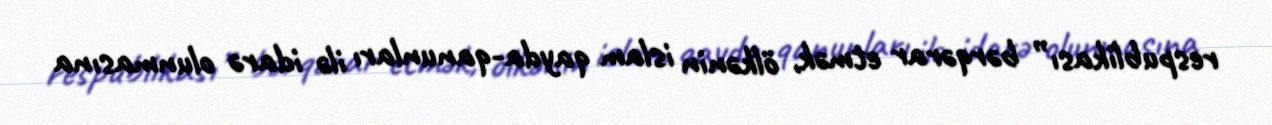
respublikası” bərqərar etmək, ölkənin islam qayda-qanunları ilə idarə olunmasına